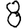
Digit: 8